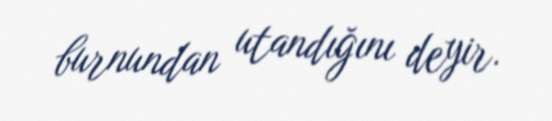
burnundan utandığını deyir.